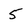
Character: 5